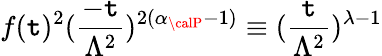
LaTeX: f(\mathtt{t})^{2}(\frac{{-\mathtt{t}}}{{\Lambda^{2}}})^{2(\alpha_{{\calP}}-1)}\equiv(\frac{{\mathtt{t}}}{{\Lambda^{2}}})^{\lambda-1}